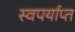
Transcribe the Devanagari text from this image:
स्वपर्याप्त